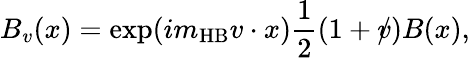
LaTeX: B_{v}(x)=\exp(im_{\mathrm{HB}}v\cdot{x})\frac{1}{2}(1+v\! \! \! /)B(x),